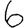
Digit: 6